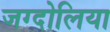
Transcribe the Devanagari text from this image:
जग्दोलिया